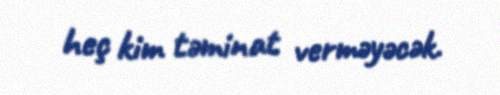
heç kim təminat verməyəcək.